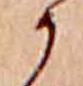
か